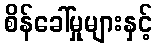
စိန်ခေါ်မှုများနှင့်